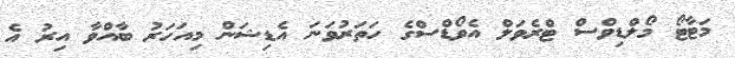
މަޓާޓޯ މޯލްޑިވްސް ޓްރެވަލް އެވޯޑްސްގެ ހަތަރުވަނަ އެޑިޝަން މިއަހަރު ބާއްވާ އިރު އެ